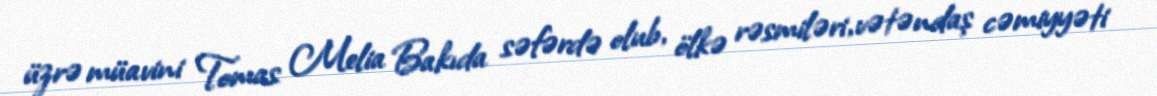
üzrə müavini Tomas Melia Bakıda səfərdə olub, ölkə rəsmiləri, vətəndaş cəmiyyəti